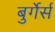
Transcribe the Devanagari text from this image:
बुर्गेर्स